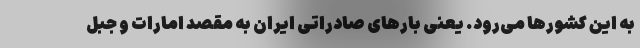
به این کشورها می‌رود. یعنی بارهای صادراتی ایران به مقصد امارات و جبل